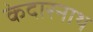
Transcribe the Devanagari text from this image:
केदारनाथ